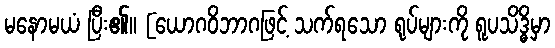
မနောမယံ ပြီး၏။ [ယောဂဝိဘာဂဖြင့် သက်ရသော ရုပ်များကို ရူပသိဒ္ဓိမှာ